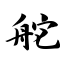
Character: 舵